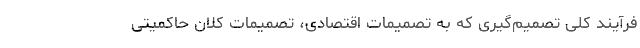
فرآیند کلی تصمیم‌گیری که به تصمیمات اقتصادی، تصمیمات کلان حاکمیتی